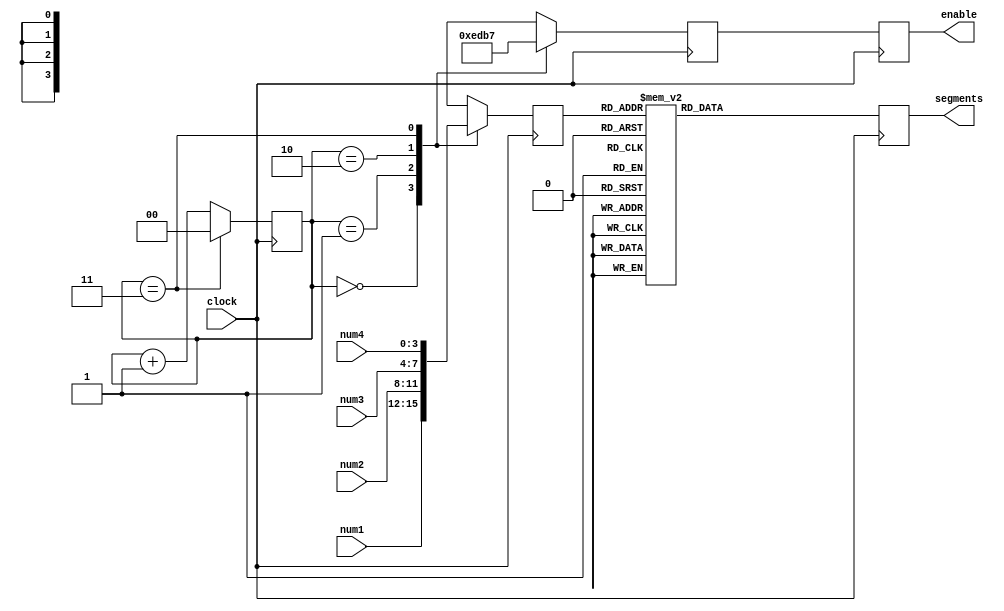
////////////////////////////////////////////////////
//
//
//		Version: 1.0
//
//
////////////////////////////////////////////////////
//			  (0)
//		   -------
//		   |		|
//		(5)| (6)	|(1)
//		   -------
//		  	|		|
//		(4)|		|(2)
//		   -------
//			  (3)
//
//		1 = on, 0 = off
///////////////////////////////////////////////////
module seven_segment_display(output reg [6:0] segments, output reg [3:0] enable, input [3:0] num1, input [3:0] num2, 
	input [3:0] num3, input [3:0] num4, input clock);
	
	// Constants to output hexadecimal number
	// HIGH = ON, LOW = OFF
	parameter [6:0] NUM_0 = 7'b0111111;
	parameter [6:0] NUM_1 = 7'b0000110;
	parameter [6:0] NUM_2 = 7'b1011011;
	parameter [6:0] NUM_3 = 7'b1001111;
	parameter [6:0] NUM_4 = 7'b1100110;
	parameter [6:0] NUM_5 = 7'b1101101;
	parameter [6:0] NUM_6 = 7'b1111101;
	parameter [6:0] NUM_7 = 7'b0000111;
	parameter [6:0] NUM_8 = 7'b1111111;
	parameter [6:0] NUM_9 = 7'b1101111;
	parameter [6:0] NUM_A = 7'b1110111;
	parameter [6:0] NUM_B = 7'b1111100;
	parameter [6:0] NUM_C = 7'b1011000;
	parameter [6:0] NUM_D = 7'b1011110;
	parameter [6:0] NUM_E = 7'b1111001;
	parameter [6:0] NUM_F = 7'b1110001;
	parameter [6:0] NUM_BLK = 7'b0000000;
	
	// Constants to enable particular segment display. 
	// HIGH = OFF, LOW = ON
	parameter [3:0] EN_1 = 4'b1110;
	parameter [3:0] EN_2 = 4'b1101;
	parameter [3:0] EN_3 = 4'b1011;
	parameter [3:0] EN_4 = 4'b0111;
	parameter [3:0] EN_ALL = 4'b0000;
	
	reg [1:0] state;
	reg [3:0] input_num;
	reg [3:0] input_enable;
	
	initial begin
		state <= 2'b00;
		input_num <= 4'b0000;
		input_enable <= EN_1;
	end
	
	always @(posedge clock)
		if (state == 3)
			state <= 0;
		else
			state <= state + 1'b1;
			
	always @(posedge clock)
		case (state)
			2'b00: begin input_num <= num1; input_enable <= EN_1; end
			2'b01: begin input_num <= num2; input_enable <= EN_2; end
			2'b10: begin input_num <= num3; input_enable <= EN_3; end
			2'b11: begin input_num <= num4; input_enable <= EN_4; end
		endcase
			
	always @(posedge clock) begin
		enable <= input_enable;
		
		case (input_num)
			4'h0: segments <= NUM_0;
			4'h1: segments <= NUM_1;
			4'h2: segments <= NUM_2;
			4'h3: segments <= NUM_3;
			4'h4: segments <= NUM_4;
			4'h5: segments <= NUM_5;
			4'h6: segments <= NUM_6;
			4'h7: segments <= NUM_7;
			4'h8: segments <= NUM_8;
			4'h9: segments <= NUM_9;
			4'hA: segments <= NUM_A;
			4'hB: segments <= NUM_B;
			4'hC: segments <= NUM_C;
			4'hD: segments <= NUM_D;
			4'hE: segments <= NUM_E;
			4'hF: segments <= NUM_F;
			default: segments <= NUM_BLK;
		endcase
	end
endmodule